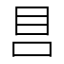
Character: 𰥏